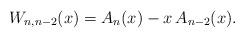
LaTeX: \begin{align*}W_{n,n-2}(x)=A_{n}(x)-x\, A_{n-2}(x).\end{align*}